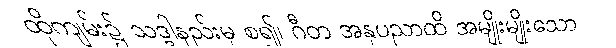
ထိုကျမ်း၌ သဒ္ဒါနည်းမှ စ၍၊ ဂီတ အနုပညာထိ အမျိုးမျိုးသော